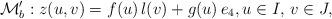
LaTeX: \begin{align*} \mathcal{M}'_b: z(u,v) = f(u)\, l(v) + g(u) \,e_4, u \in I, \, v \in J,\end{align*}